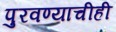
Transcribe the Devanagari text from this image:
पुरवण्याचीही